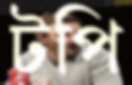
টপি